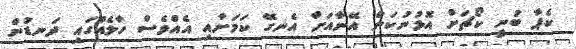
ކެޕާ ބުނީ ކޯޗަށް އޮޅުނުކަން އޭނާއަށް އެނގޭ ކަމަށާއި އެއްވެސް ހާލެއްގައި ދަނޑުން